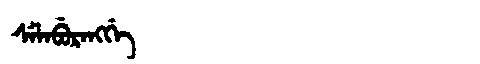
Manchu: ᠰᡝᠯᠠᠪᡠᡵᠠᠩᡤᡝ
Romanization: SELABURANGGE